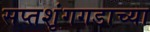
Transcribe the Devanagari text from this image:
सप्तशृंगगडाच्या